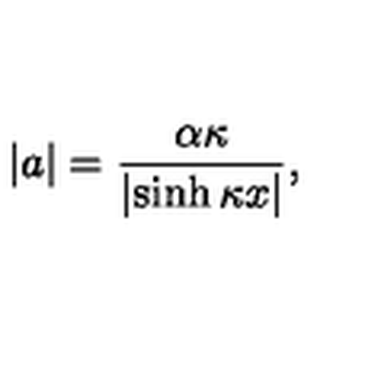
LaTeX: | a | = \frac { \alpha \kappa } { \left| \sinh \kappa x \right| } ,